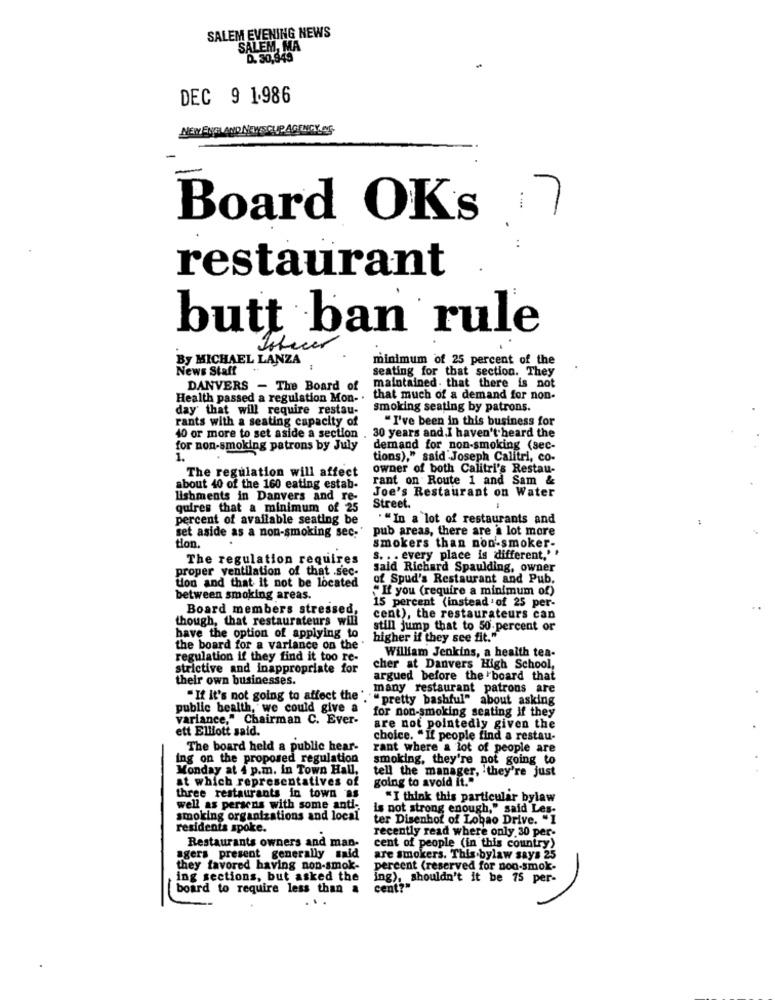
SALEM EVENING NEWS
SALEM, MA
D. 30,949
DEC 9 1.986
NEW ENGLAND NEWSCLIP AGENCY OS
Board OKs
restaurant
butt ban rule
Istecer
minimum of 25 percent of the
By MICHAEL LANZA
News Staff ..
seating for that section. They
DANVERS - The Board of
maintained. that there is not
Health passed a regulation Mon- .
that much of a demand for non-
day that will require restau-
smoking seating by patrons.
rants with a seating capacity of
"I've been in this business for
40 or more to set aside a section . 30 years and.I haven't heard the
for non-smoking patrons by July
demand for non-smoking (sec-
1.
tions)," said Joseph Calitri, co-
The regulation will affect
owner of both Calitri's Restau-
rant on Route 1 and Sam &
about 40 of the 160 eating estab-
Joe's Restaurant on Water
lishments in Danvers and re-
quires that a minimum of 25
Street.
percent of available seating be
. "In a lot of restaurants and
pub areas, there are a lot more
set aside as a non-smoking sec.'
tion.
smokers than non-smoker-
The regulation requires
s. . . every place is different,' '
proper ventilation of that .sec-
said Richard Spaulding, owner
of Spud's Restaurant and Pub.
tion and that it not be located
"If you (require a minimum of)
between smoking areas.
Board members stressed,
15 percent (instead of 25 per-
though, that restaurateurs will
cent), the restaurateurs can
still jump that to 50 percent or
have the option of applying to
higher if they see fit."
the board for a variance on the .
William Jenkins, a health tea-
regulation if they find it too re-
strictive and inappropriate for
cher at Danvers High School,
their own businesses.
argued before the board that
many restaurant patrons are
" If it's not going to affect the ".
""pretty bashful" about asking
public health, we could give a
variance," Chairman C. Ever-
for non-smoking seating if they
ett Elliott said.
are not pointedly given the
choice. "If people find a restau-
The board held a public hear-
rant where a lot of people are
ing on the proposed regulation
smoking, they're not going to
Monday at 4 p.m. in Town Hall,
at which representatives of
tell the manager, 'they're just
going to avoid it."
three restaurants in town as
"I think this particular bylaw
well as persons with some anti-
is not strong enough," said Les-
smoking organizations and local
ter Disenhof of Lobao Drive. "1
residents spoke.
recently read where only 30 per-
Restaurants owners and man-
cent of people (in this country)
agers present generally said
are smokers. This bylaw says 25
they favored having non-smok-
percent (reserved for non-smok-
ing sections, but asked the
ing), shouldn't it be 75 per-
board to require less than a
cent?"